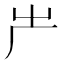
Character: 𠨲